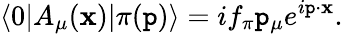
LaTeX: \langle0|A_{\mu}(\mathbf{x})|\pi(\mathtt{p})\rangle=if_{\pi}\mathtt{p}_{\mu}e^{i\mathtt{p}\cdot\mathbf{x}}.